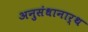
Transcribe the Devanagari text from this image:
अनुसंधानार्थ